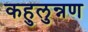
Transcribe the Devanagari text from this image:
कहुलुन्नण